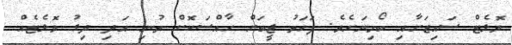
ވޮލެޓް ސައިޒަށާއި ބޯމިނަށެވެ. ފަހަތު ޖީބަށް ހާއްސަކޮށް ތުނި އަދި ދިގު ވޮލެޓެއް